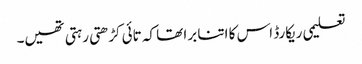
تعلیمی ریکارڈ اس کا اتنا برا تھا کہ تائی کڑھتی رہتی تھیں۔